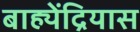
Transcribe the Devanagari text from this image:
बाह्येंद्रियास